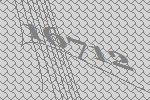
16712